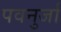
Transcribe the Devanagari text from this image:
पवनुर्जा